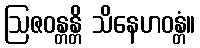
ဩဇဝန္တန္တိ သိနေဟဝန္တံ။